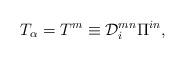
LaTeX: \begin{align*}T_\alpha=T^m\equiv{\cal D}_i^{mn}\Pi^{in},\end{align*}